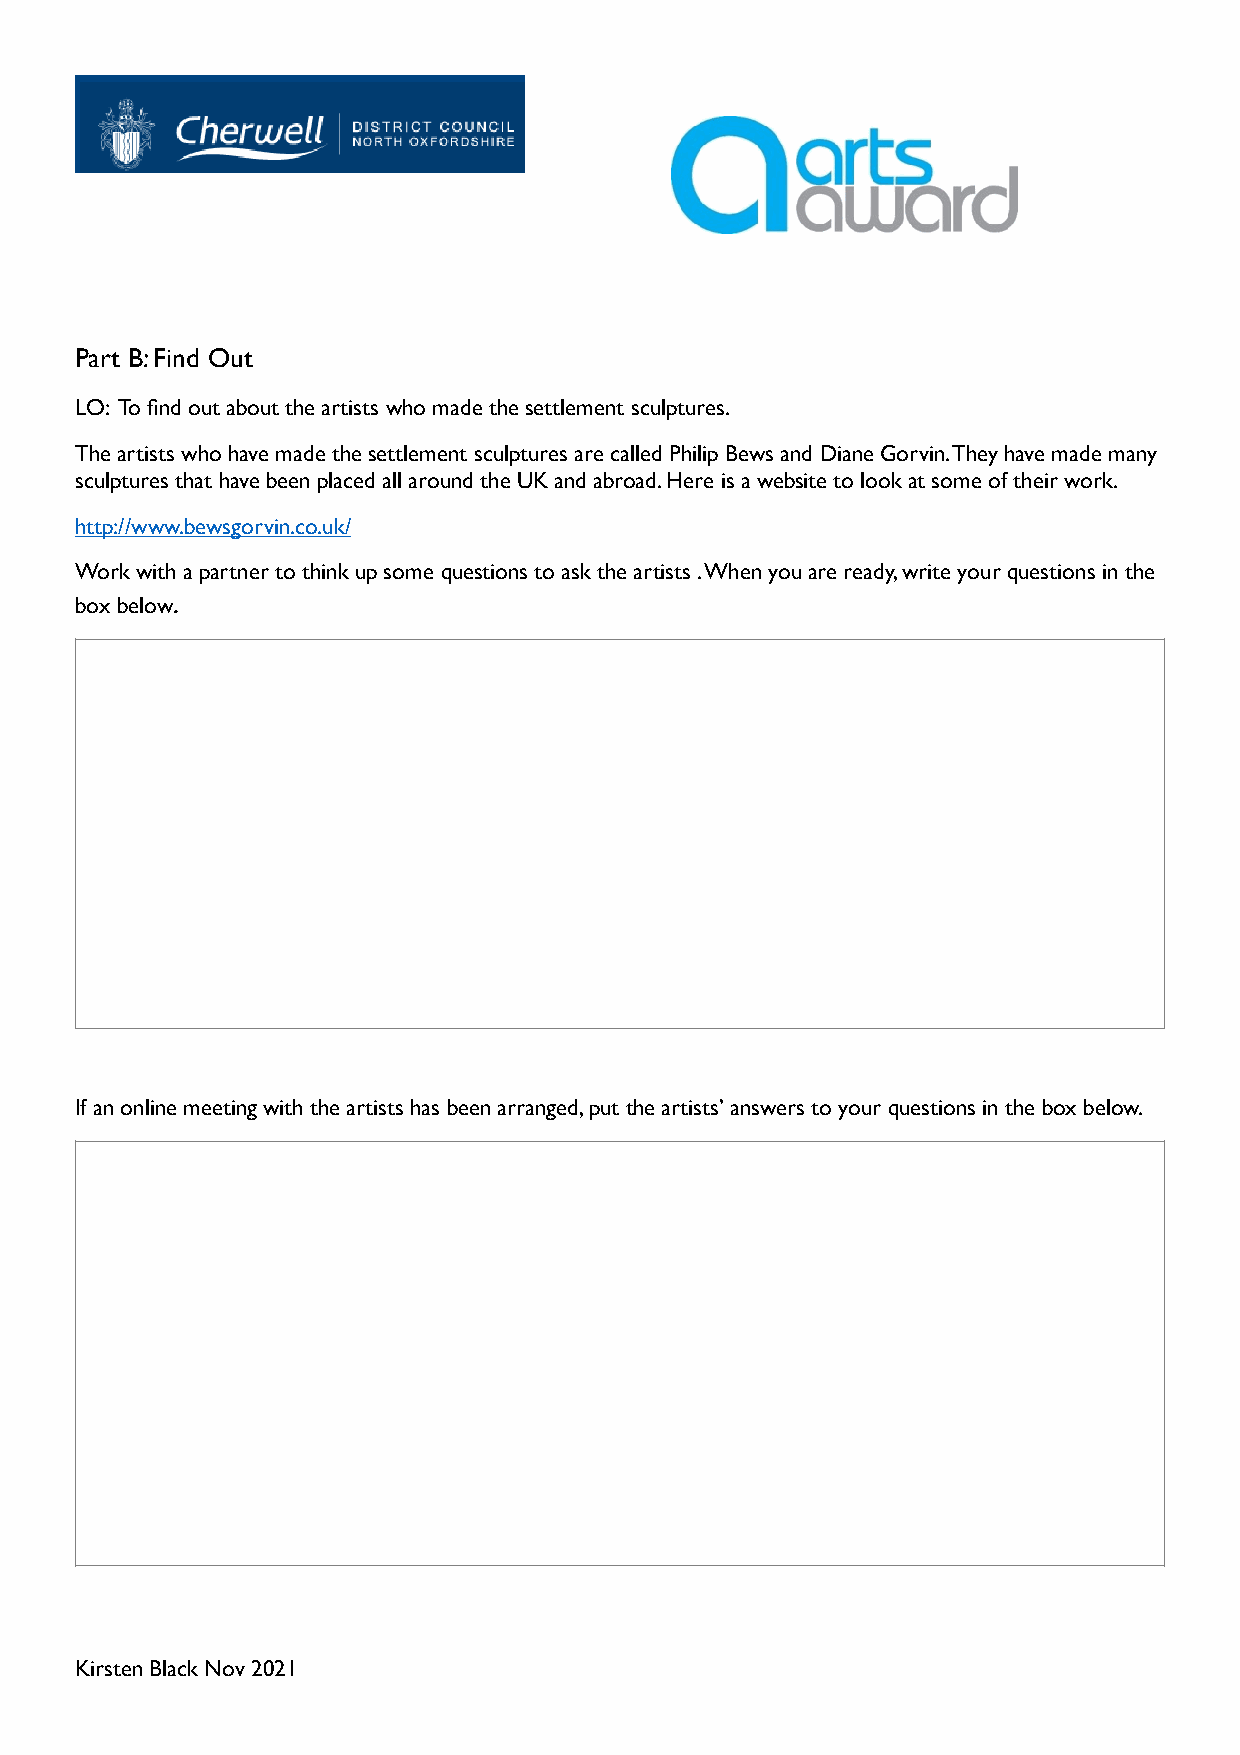
Part B: Find Out
 LO: To find out about the artists who made the settlement sculptures.
 The artists who have made the settlement sculptures are called Philip Bews and Diane Gorvin. They have made many
 sculptures that have been placed all around the UK and abroad. Here is a website to look at some of their work.
 http://www.bewsgorvin.co.uk/
 Work with a partner to think up some questions to ask the artists . When you are ready, write your questions in the
 box below.
 If an online meeting with the artists has been arranged, put the artists’ answers to your questions in the box below.
 Kirsten Black Nov 2021